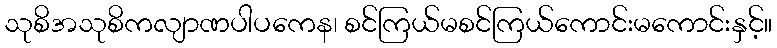
သုစိအသုစိကလျာဏပါပကေန၊ စင်ကြယ်မစင်ကြယ်ကောင်းမကောင်းနှင့်။